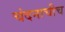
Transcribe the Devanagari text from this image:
चंदनाचीच